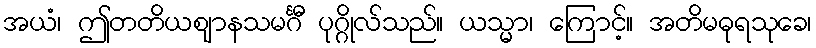
အယံ၊ ဤတတိယဈာနသမင်္ဂီ ပုဂ္ဂိုလ်သည်။ ယသ္မာ၊ ကြောင့်။ အတိမဓုရသုခေ၊